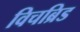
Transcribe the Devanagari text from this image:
विचब्रिड